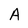
Character: A